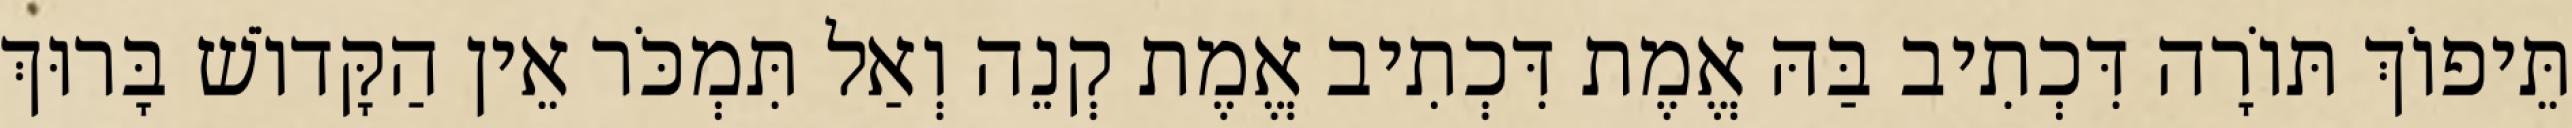
תֵּיפוֹךְ תּוֹרָה דִּכְתִיב בַּהּ אֱמֶת דִּכְתִיב אֱמֶת קְנֵה וְאַל תִּמְכֹּר אֵין הַקָּדוֹשׁ בָּרוּךְ